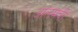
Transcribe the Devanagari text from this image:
आलमची